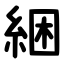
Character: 綑